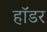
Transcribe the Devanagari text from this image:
हॉडर